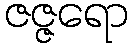
ဇဇ္ဇရော